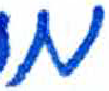
אות: מ